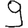
Digit: 9